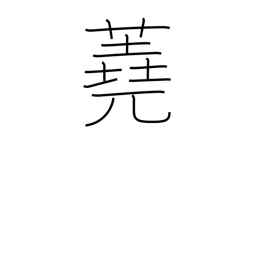
Meaning: firewood